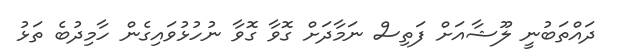
ދައްތަބުނީ ލޫޝާއަށް ފަތިސް ނަމާދަށް ގޮވާ ގޮވާ ނުހުޅުވައިގެން ހާމިދުބެ ތަޅު